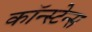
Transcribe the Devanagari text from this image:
कॉन्स्टेन्स